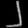
Digit: ၂